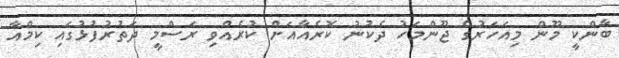
ބާންކީ މޫން މިއަހަރުގެ ޖޫންމަހު ދެކުނު ކޮރެއާއަށް ކުރެއްވި ރަސްމީ ދަތުރުފުޅުގައި ކިމްއާ